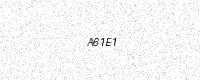
Text: A61E1